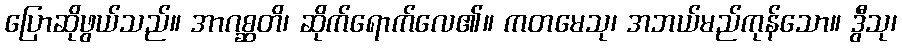
ပြောဆိုဖွယ်သည်။ အာဂစ္ဆတိ၊ ဆိုက်ရောက်လေ၏။ ကတမေသု၊ အဘယ်မည်ကုန်သော။ ဒွီသု၊